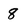
Character: 8